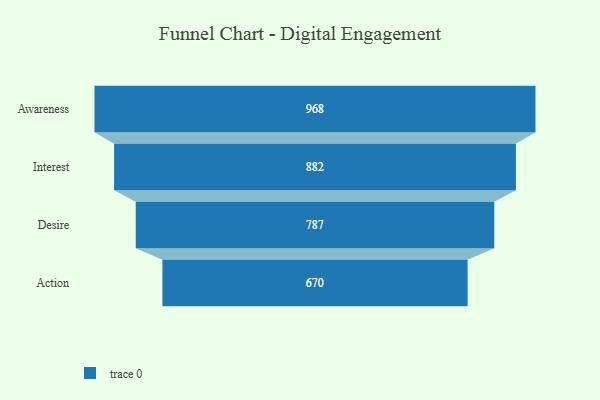
{"axis": {"x": "Stage", "y": "Value"}, "legend": [""], "data": [{"x": "Awareness", "y": 968.0, "type": ""}, {"x": "Interest", "y": 882.0, "type": ""}, {"x": "Desire", "y": 787.0, "type": ""}, {"x": "Action", "y": 670.0, "type": ""}]}